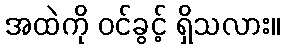
အထဲကို ဝင်ခွင့် ရှိသလား။